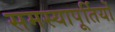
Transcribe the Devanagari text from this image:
समस्यापूर्तियों